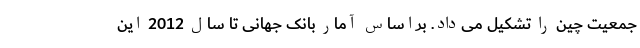
جمعیت چین را تشکیل می‌داد. براساس آمار بانک جهانی تا سال 2012 این